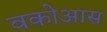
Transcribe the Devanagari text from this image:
वकोआस